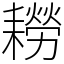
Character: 耮